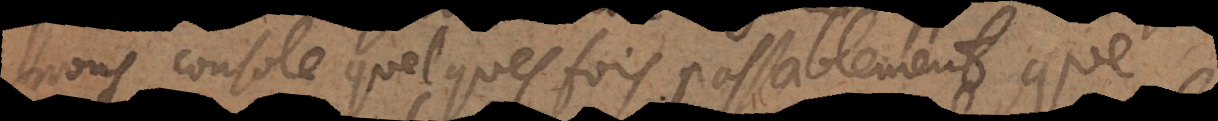
nous console quelques fois passablement que